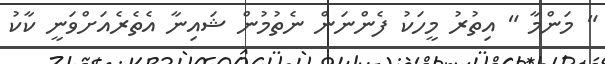
" މަންމާ " އިތުރު މީހަކު ފެންނަން ނެތުމުން ޝައިނާ އެތެރެއަށްވަނީ ކާކު